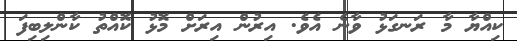
ކިއްޔާ މާ ރަނގަޅު ވާނެ އެވެ. އިރުން އިރަށް މޮޅު ކޮއްތު ކާންލިބިފަ